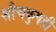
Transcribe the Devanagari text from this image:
शौचकुपही